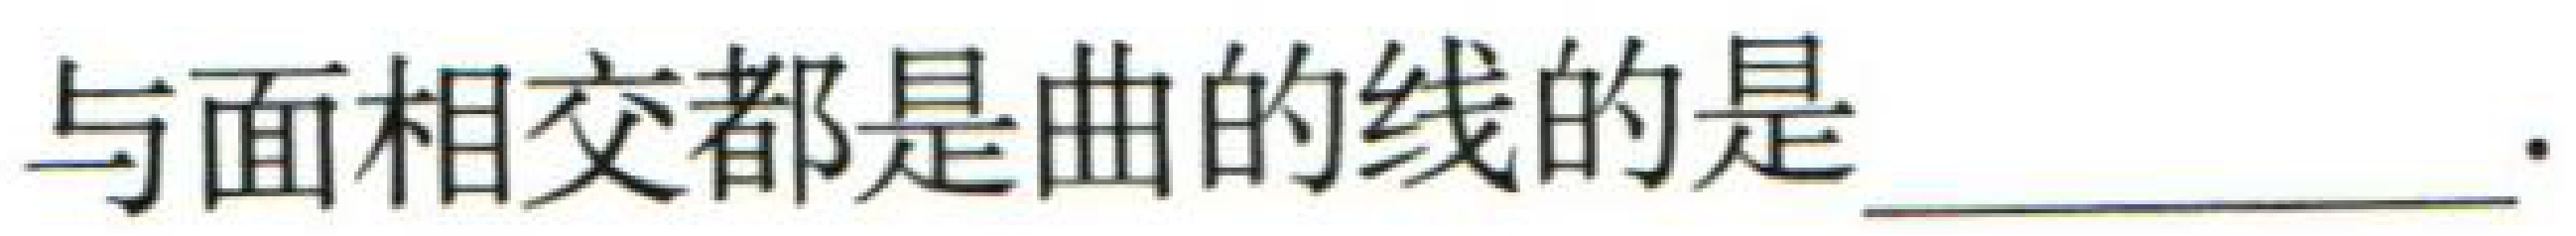
与面相交都是曲的线的是  。